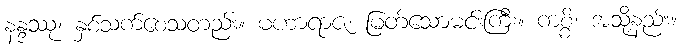
နန္ဒဿု၊ နှစ်သက်စေသတည်း။ မဟာရာဇ၊ မြတ်သောမင်းကြီး။ ကစ္စိ၊ အသို့နည်း။